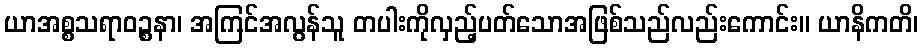
ယာအစ္စသရာဝဉ္စနာ၊ အကြင်အလွန်သူ တပါးကိုလှည့်ပတ်သောအဖြစ်သည်လည်းကောင်း။ ယာနိကတိ၊